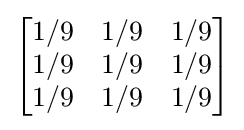
{\begin{bmatrix}1/9&1/9&1/9\\1/9&1/9&1/9\\1/9&1/9&1/9\end{bmatrix}}